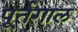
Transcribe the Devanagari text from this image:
पूर्तगाल